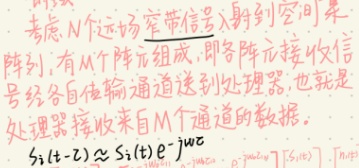
考虑N个远场窄带信号入射到空间采
阵列，有M个阵元组成，即各阵元接收信
号经各自传输通道送到处理器，也就是
处理器接收来自M个通道的数据。
\[
s_i(t - \tau) \approx s_i(t)e^{-j\omega\tau}
\]